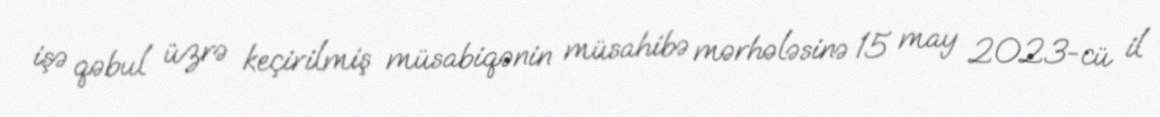
işə qəbul üzrə keçirilmiş müsabiqənin müsahibə mərhələsinə 15 may 2023-cü il